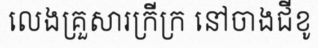
លេងគ្រួសារក្រីក្រ នៅចាងជីខូ